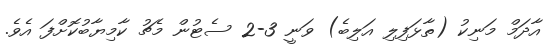
އާދަމް މަނިކު (ތާޅަފިލި އަލިބެ) ވަނީ 3-2 ސެޓުން މެޗު ކާމިޔާބުކޮށްފަ އެވެ.